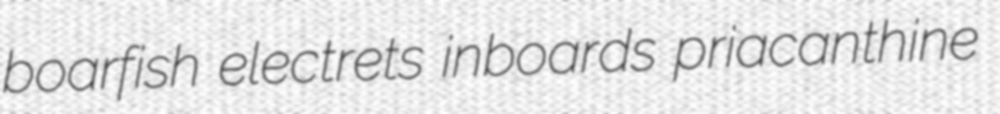
boarfish electrets inboards priacanthine